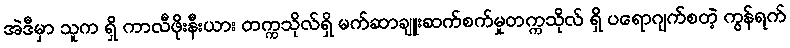
အဲဒီမှာ သူက ရှိ ကာလီဖိုးနီးယား တက္ကသိုလ်ရှိ မက်ဆာချူးဆက်စက်မှုတက္ကသိုလ် ရှိ ပရောဂျက်စတဲ့ ကွန်ရက်